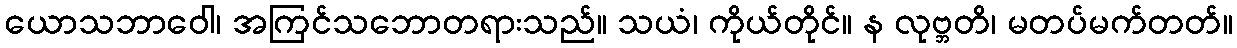
ယောသဘာဝေါ၊ အကြင်သဘောတရားသည်။ သယံ၊ ကိုယ်တိုင်။ န လုဗ္ဘတိ၊ မတပ်မက်တတ်။